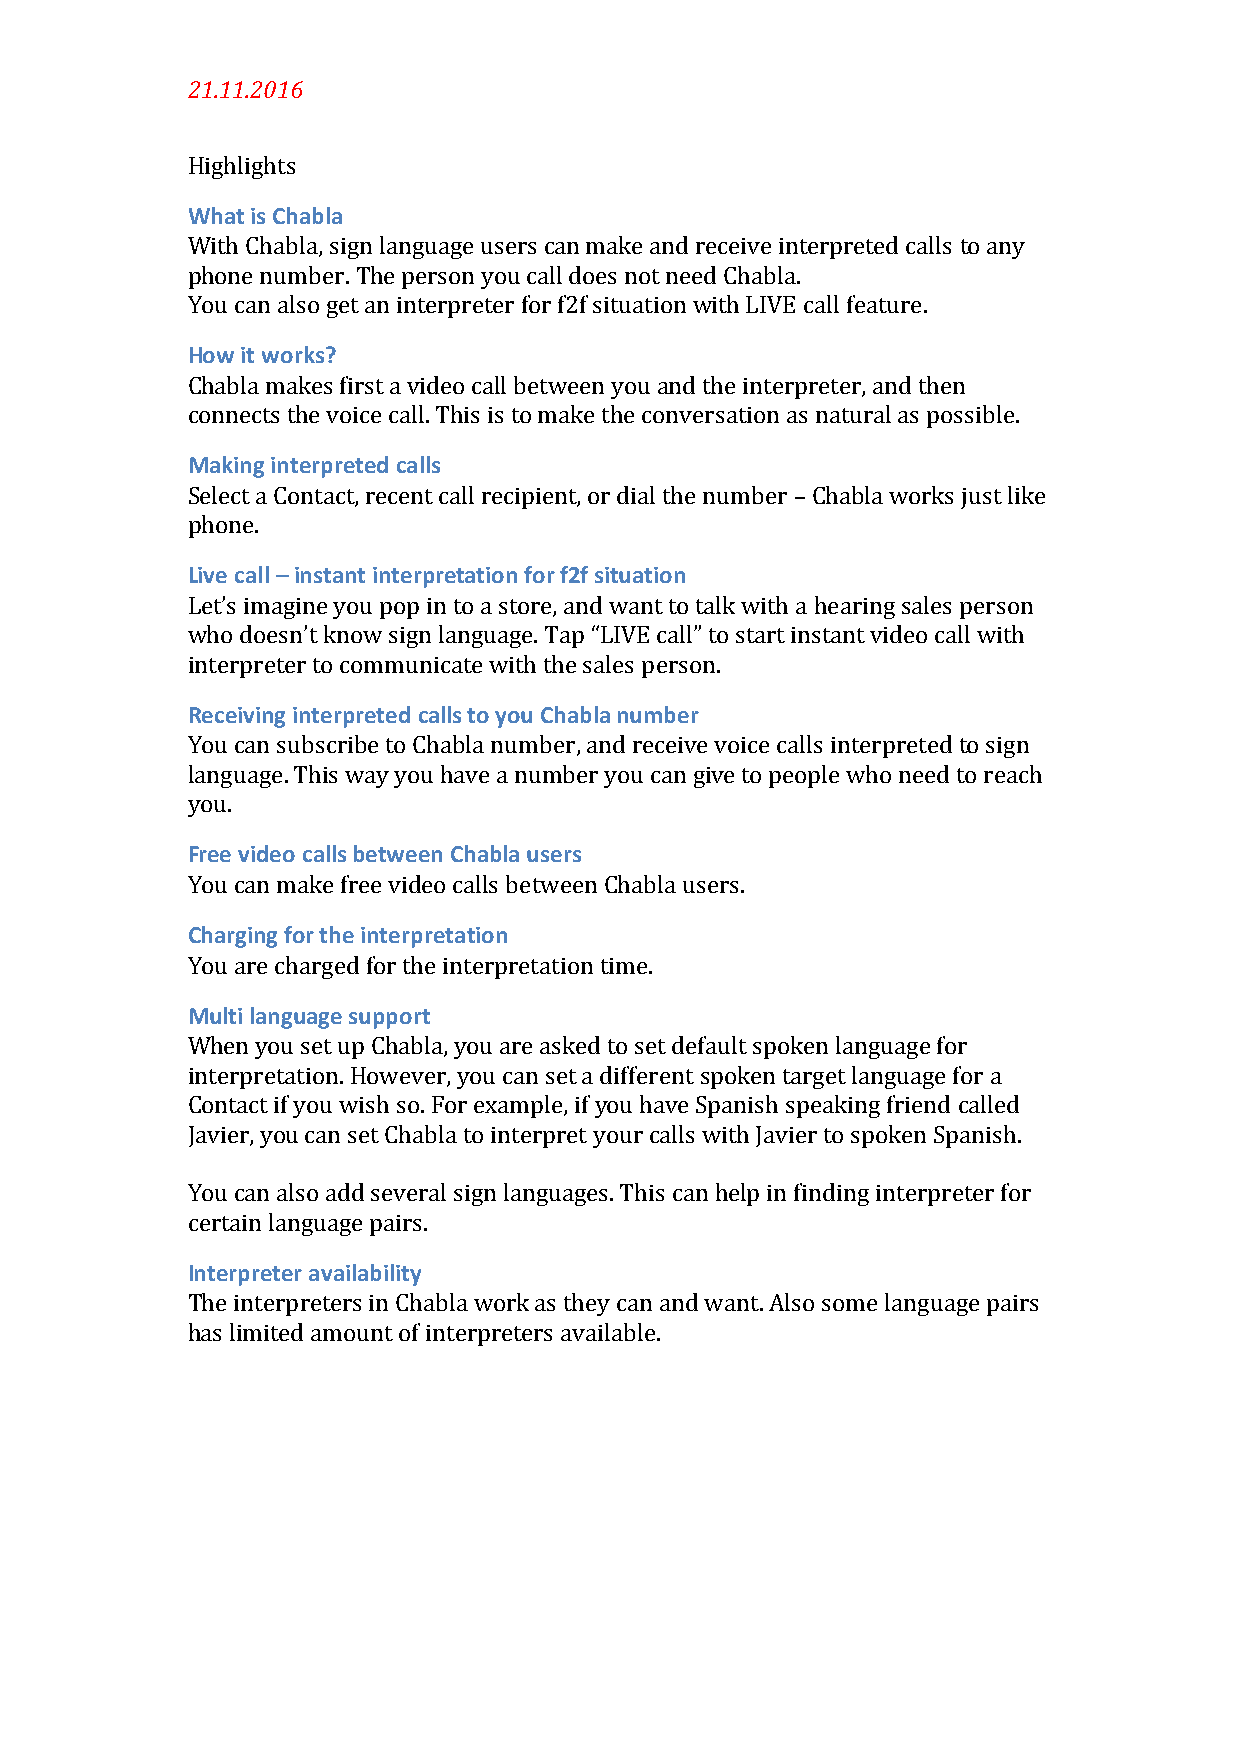
21.11.2016
 Highlights
 What is Chabla
 With Chabla, sign language users can make and receive interpreted calls to any
 phone number. The person you call does not need Chabla.
 You can also get an interpreter for f2f situation with LIVE call feature.
 How it works?
 Chabla makes first a video call between you and the interpreter, and then
 connects the voice call. This is to make the conversation as natural as possible.
 Making interpreted calls
 Select a Contact, recent call recipient, or dial the number – Chabla works just like
 phone.
 Live call – instant interpretation for f2f situation
 Let’s imagine you pop in to a store, and want to talk with a hearing sales person
 who doesn’t know sign language. Tap “LIVE call” to start instant video call with
 interpreter to communicate with the sales person.
 Receiving interpreted calls to you Chabla number
 You can subscribe to Chabla number, and receive voice calls interpreted to sign
 language. This way you have a number you can give to people who need to reach
 you.
 Free video calls between Chabla users
 You can make free video calls between Chabla users.
 Charging for the interpretation
 You are charged for the interpretation time.
 Multi language support
 When you set up Chabla, you are asked to set default spoken language for
 interpretation. However, you can set a different spoken target language for a
 Contact if you wish so. For example, if you have Spanish speaking friend called
 Javier, you can set Chabla to interpret your calls with Javier to spoken Spanish.
 You can also add several sign languages. This can help in finding interpreter for
 certain language pairs.
 Interpreter availability
 The interpreters in Chabla work as they can and want. Also some language pairs
 has limited amount of interpreters available.